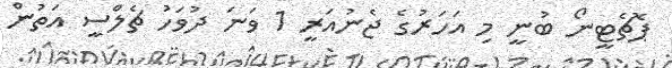
ޕޮޗެޓީނޯ ބުނީ މި އަހަރުގެ ޖެނުއަރީ 1 ވަނަ ދުވަހު ޗެލްސީ އަތުން